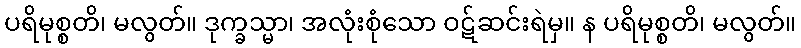
ပရိမုစ္စတိ၊ မလွတ်။ ဒုက္ခသ္မာ၊ အလုံးစုံသော ဝဋ်ဆင်းရဲမှ။ န ပရိမုစ္စတိ၊ မလွတ်။